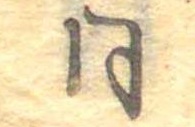
同